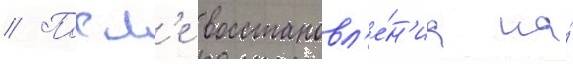
// Посл'е восстановл'е́н'иа на́